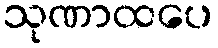
သုဏာထပေ